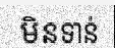
មិនទាន់